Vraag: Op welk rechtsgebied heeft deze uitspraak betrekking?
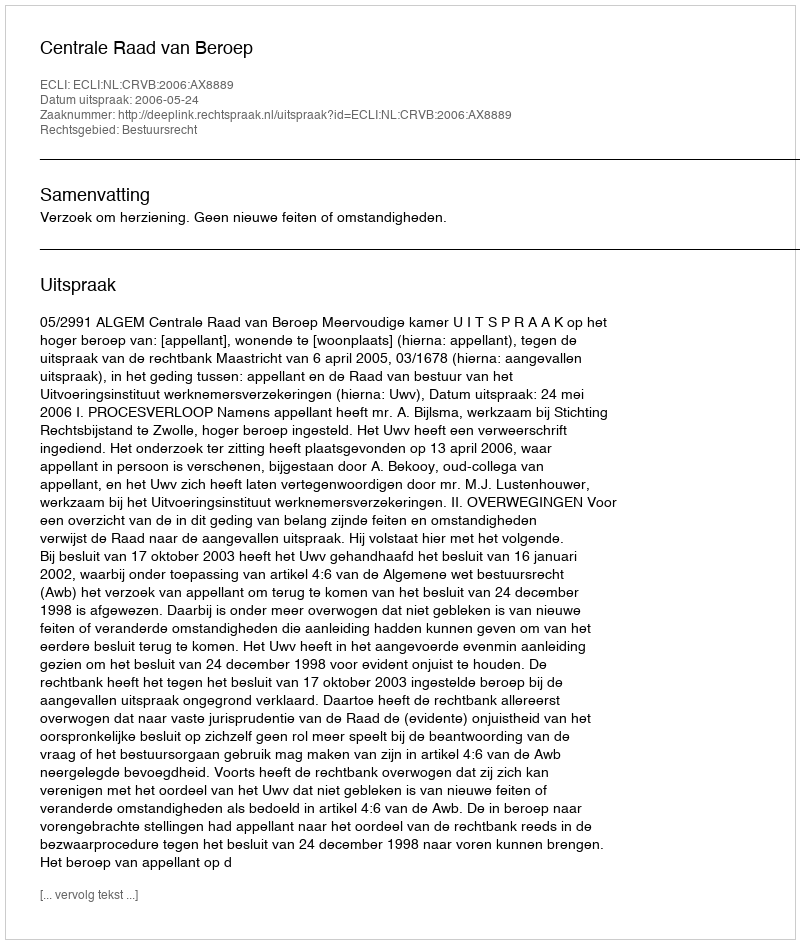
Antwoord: Bestuursrecht